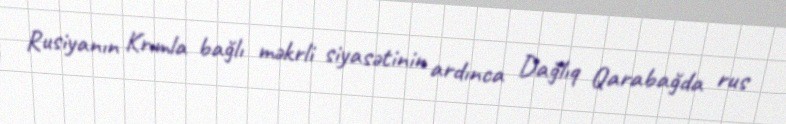
Rusiyanın Krımla bağlı məkrli siyasətinin ardınca Dağlıq Qarabağda rus